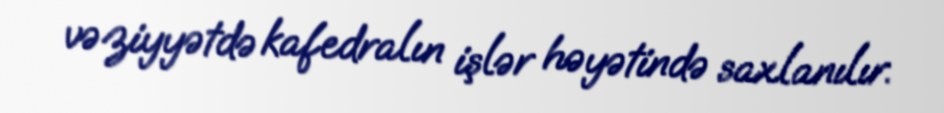
vəziyyətdə kafedralın işlər həyətində saxlanılır.